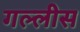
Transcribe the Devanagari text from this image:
गल्लीस